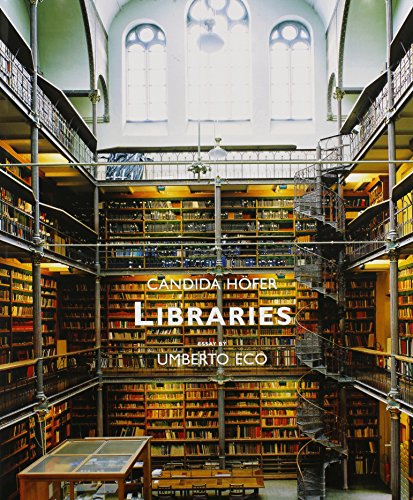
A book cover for Libraries; Candida HÃ¶fer; Arts & Photography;